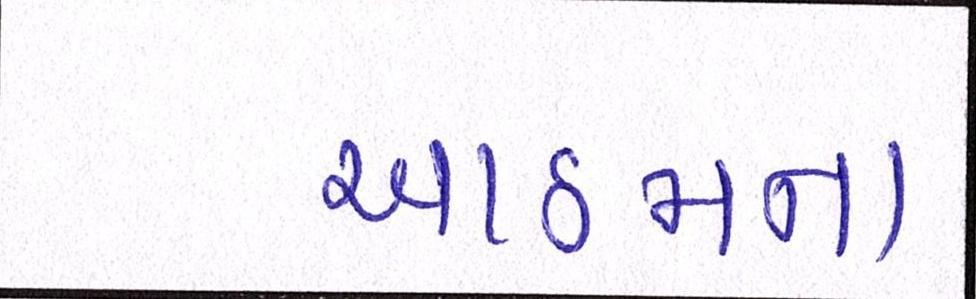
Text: આઠમના